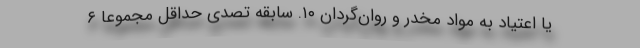
یا اعتیاد به مواد مخدر و روان‌گردان ۱۰. سابقه تصدی حداقل مجموعاً ۶